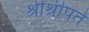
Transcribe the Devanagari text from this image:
श्रीश्रीपते